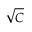
\sqrt { C }